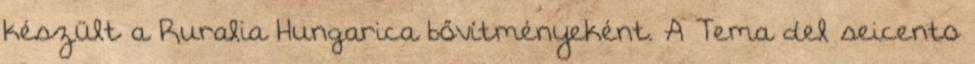
készült a Ruralia Hungarica bővítményeként. A Tema del seicento